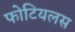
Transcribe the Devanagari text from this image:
फोटियलस